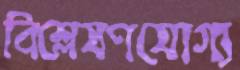
বিশ্লেষণযোগ্য